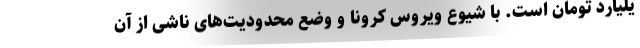
یلیارد تومان است. با شیوع ویروس کرونا و وضع محدودیت‌های ناشی از آن